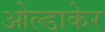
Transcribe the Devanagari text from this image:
ओल्डाकेर